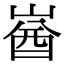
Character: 𡺚